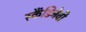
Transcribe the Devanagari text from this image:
स्कैंडिनेवी